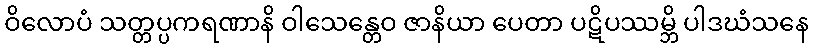
ဝိလောပံ သတ္တပ္ပကရဏာနိ ဝါသေန္တေဝ ဇာနိယာ ပေတာ ပဋိပဿမ္ဘိ ပါဒဃံသနေ